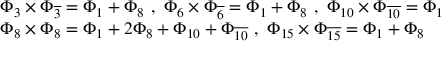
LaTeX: \begin{array} { l } { { \Phi _ { 3 } \times \Phi _ { \overline { { 3 } } } = \Phi _ { 1 } + \Phi _ { 8 } \ , \ \Phi _ { 6 } \times \Phi _ { \overline { { 6 } } } = \Phi _ { 1 } + \Phi _ { 8 } \ , \ \Phi _ { 1 0 } \times \Phi _ { \overline { { { 1 0 } } } } = \Phi _ { 1 } } } \\ { { \Phi _ { 8 } \times \Phi _ { 8 } = \Phi _ { 1 } + 2 \Phi _ { 8 } + \Phi _ { 1 0 } + \Phi _ { \overline { { { 1 0 } } } } \ , \ \Phi _ { 1 5 } \times \Phi _ { \overline { { { 1 5 } } } } = \Phi _ { 1 } + \Phi _ { 8 } } } \end{array}